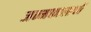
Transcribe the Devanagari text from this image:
जन्मकालाची